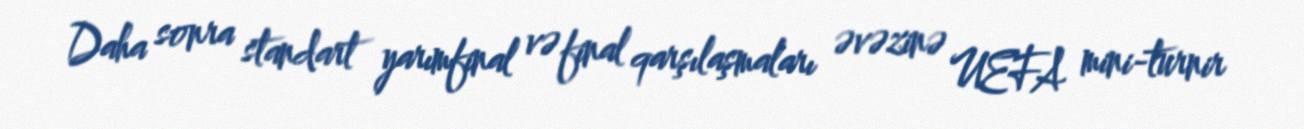
Daha sonra standart yarımfinal və final qarşılaşmaları əvəzinə UEFA mini-turnir